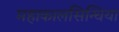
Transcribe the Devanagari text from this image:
महाकालसिन्धिया